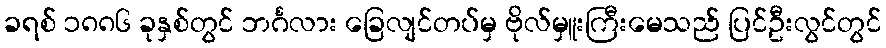
ခရစ် ၁၈၈၆ ခုနှစ်တွင် ဘင်္ဂလား ခြေလျင်တပ်မှ ဗိုလ်မှူးကြီးမေသည် ပြင်ဦးလွင်တွင်